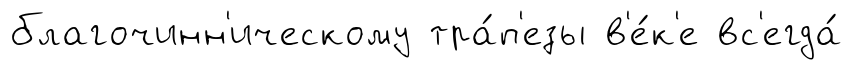
благочинн'ическому тра́п'езы в'е́к'е вс'егда́